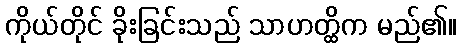
ကိုယ်တိုင် ခိုးခြင်းသည် သာဟတ္ထိက မည်၏။